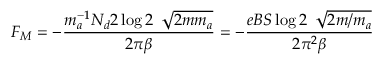
F _ { M } = - \frac { m _ { a } ^ { - 1 } N _ { d } 2 \log 2 \, \ \sqrt { 2 m m _ { a } } } { 2 \pi \beta } = - \frac { e B S \log 2 \, \ \sqrt { 2 m / m _ { a } } } { 2 \pi ^ { 2 } \beta }